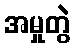
အမှုတွဲ